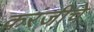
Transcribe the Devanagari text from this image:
करंजीचे